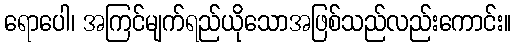
ရောပေါ၊ အကြင်မျက်ရည်ယိုသောအဖြစ်သည်လည်းကောင်း။